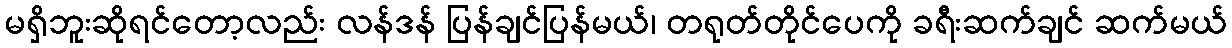
မရှိဘူးဆိုရင်တော့လည်း လန်ဒန် ပြန်ချင်ပြန်မယ်၊ တရုတ်တိုင်ပေကို ခရီးဆက်ချင် ဆက်မယ်